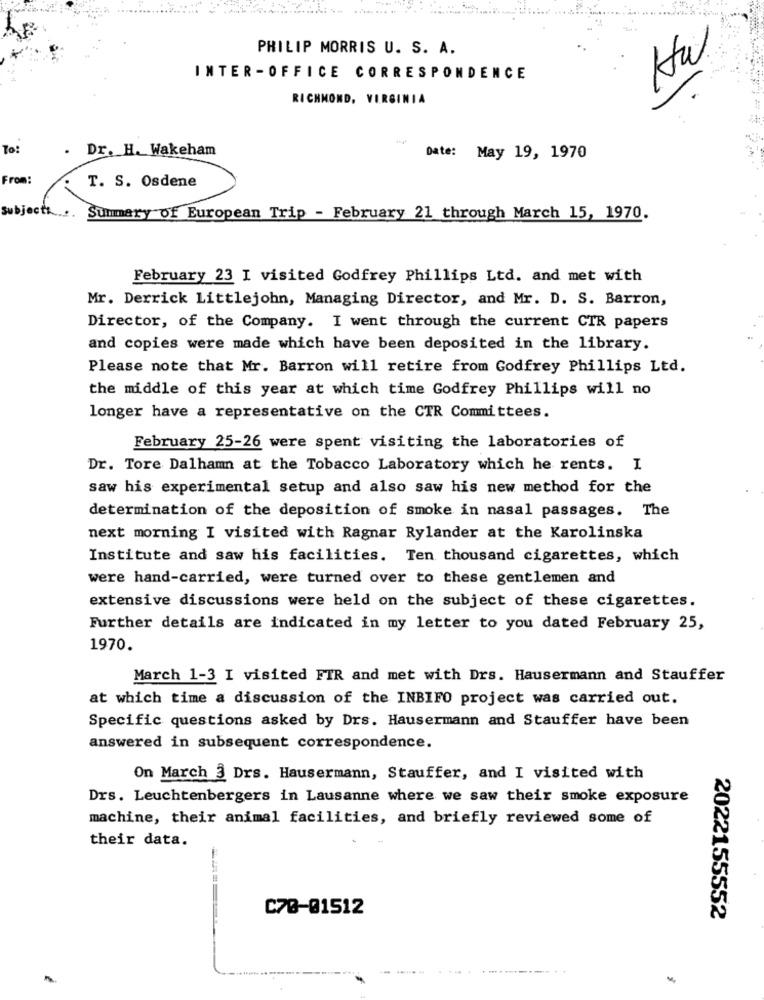
Hw
PHILIP MORRIS U. S. A.
INTER-OFFICE CORRESPONDENCE
RICHMOND, VIRGINIA
To!
. Dr. H. Wakeham
Date: May 19, 1970
From:
T. S. Osdene
Subject:
Summary of European Trip - February 21 through March 15, 1970.
February 23 I visited Godfrey Phillips Ltd. and met with
Mr. Derrick Littlejohn, Managing Director, and Mr. D. S. Barron,
Director, of the Company. I went through the current CTR papers
and copies were made which have been deposited in the library.
Please note that Mr. Barron will retire from Godfrey Phillips Ltd.
the middle of this year at which time Godfrey Phillips will no
longer have a representative on the CTR Committees.
February 25-26 were spent visiting the laboratories of
Dr. Tore Dalhamn at the Tobacco Laboratory which he rents. I
saw his experimental setup and also saw his new method for the
determination of the deposition of smoke in nasal passages. The
next morning I visited with Ragnar Rylander at the Karolinska
Institute and saw his facilities. Ten thousand cigarettes, which
were hand-carried, were turned over to these gentlemen and
extensive discussions were held on the subject of these cigarettes.
Further details are indicated in my letter to you dated February 25,
1970.
March 1-3 I visited FTR and met with Drs. Hausermann and Stauffer
at which time a discussion of the INBIFO project was carried out.
Specific questions asked by Drs. Hausermann and Stauffer have been
answered in subsequent correspondence.
On March 3 Drs. Hausermann, Stauffer, and I visited with
Drs. Leuchtenbergers in Lausanne where we saw their smoke exposure
machine, their animal facilities, and briefly reviewed some of
their data.
C70-01512
2022155552
.... .---------..
-